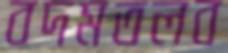
বদমতলব